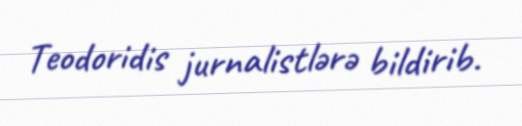
Teodoridis jurnalistlərə bildirib.